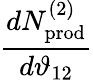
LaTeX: \frac{dN_{\mathrm{prod}}^{(2)}}{d\vartheta_{12}}